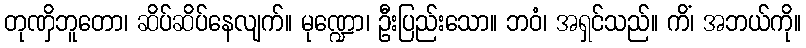
တုဏှိဘူတော၊ ဆိပ်ဆိပ်နေလျက်။ မုဏ္ဍော၊ ဦးပြည်းသော။ ဘဝံ၊ အရှင်သည်။ ကိံ၊ အဘယ်ကို။